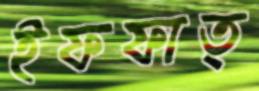
ইফফাত্